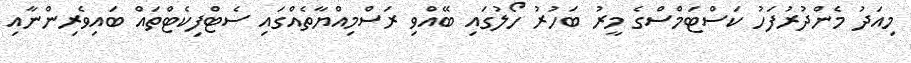
މިއަދު މެންދުރުފަހު ކަސްޓަމްސްގެ މީރު ބަހުރު ހޯލުގައި ބޭއްވި ރަސްމިއްޔާތެއްގައި ސެޓްފިކެޓްތައް ބައިވެރިންނާއި